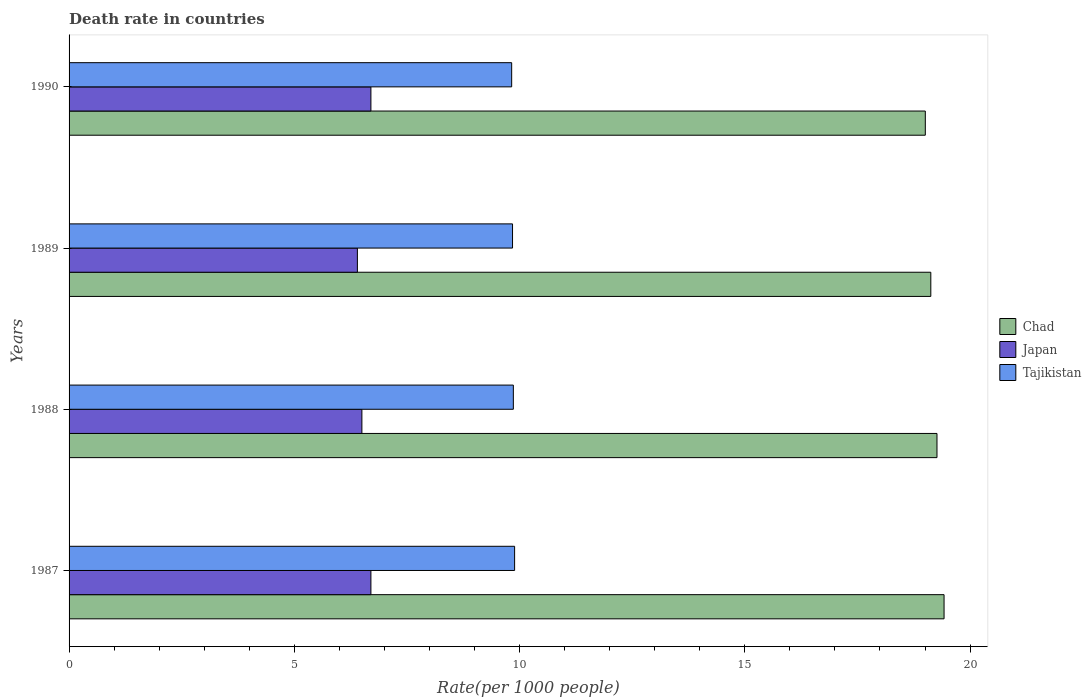
| Years | Chad | Japan | Tajikistan |
 | --- | --- | --- | --- |
 | 1987 | 19.4 | 6.7 | 9.89 |
 | 1988 | 19.3 | 6.5 | 9.86 |
 | 1989 | 19.1 | 6.4 | 9.84 |
 | 1990 | 19 | 6.7 | 9.82 |